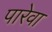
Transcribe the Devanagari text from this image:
पारेवा